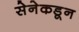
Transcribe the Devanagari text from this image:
सेनेकडून